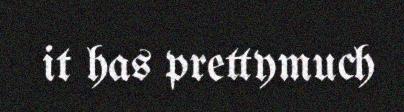
it has prettymuch